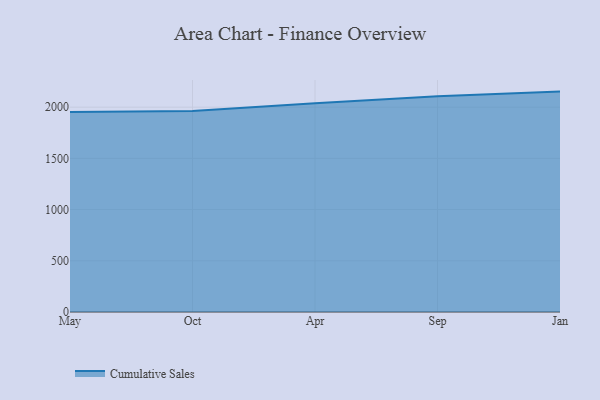
{"axis": {"x": "Month", "y": "Population (Million)"}, "legend": ["Cumulative Sales"], "data": [{"x": "May", "y": 1954.1, "type": "Cumulative Sales"}, {"x": "Oct", "y": 1963.3, "type": "Cumulative Sales"}, {"x": "Apr", "y": 2039.4, "type": "Cumulative Sales"}, {"x": "Sep", "y": 2106.7, "type": "Cumulative Sales"}, {"x": "Jan", "y": 2152.1, "type": "Cumulative Sales"}]}